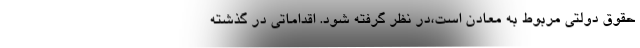
حقوق دولتی مربوط به معادن است،‌در نظر گرفته شود. اقداماتی در گذشته